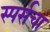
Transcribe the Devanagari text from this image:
स्पर्सचा